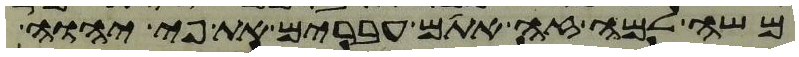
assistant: משה למה זה אתם עברים את פי יהוה